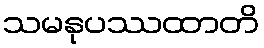
သမနုပဿထာတိ